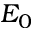
E _ { 0 }